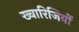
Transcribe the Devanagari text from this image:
ख्वारिजियों